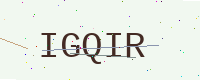
Text: IGQIR